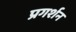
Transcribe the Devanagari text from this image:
प्रगर्शन